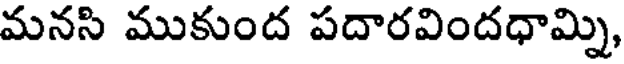
మనసి ముకుంద పదారవిందధామ్ని,